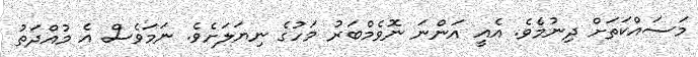
މަސައްކަތަށް ދިނުމެވެ. އެއީ އަންނަ ނޮވެމްބަރު މަހުގެ ނިޔަލަށެވެ. ނަމަވެސް އެ މުއްދަތު